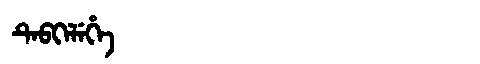
Manchu: ᡨᡝᠪᡴᡝᠯᡝᡥᡝ
Romanization: TEBKELEHE